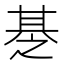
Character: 𰢪